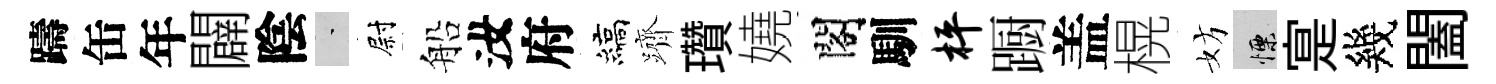
躊缶年闢陰蒙尉船汝府縞躋瓚嬈閣馴枰蹰盖榥妨慄寔幾闔